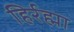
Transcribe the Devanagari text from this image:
हिर्रह्मा